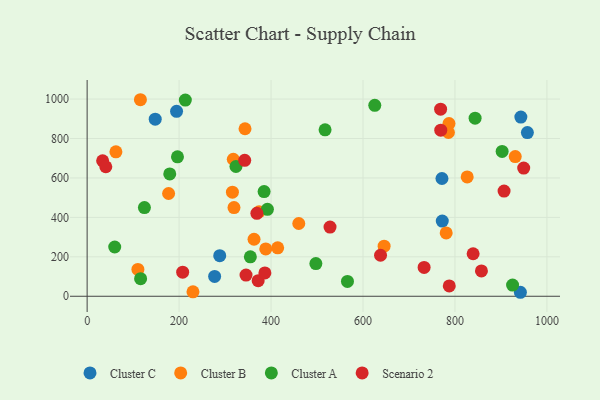
{"axis": {"x": "Study Hours", "y": "Profit"}, "legend": ["Cluster A", "Cluster B", "Cluster C", "Scenario 2"], "data": [{"x": "277.3", "y": 100.7, "type": "Cluster C"}, {"x": "771.7", "y": 597.1, "type": "Cluster C"}, {"x": "943.3", "y": 908.6, "type": "Cluster C"}, {"x": "288.4", "y": 205.8, "type": "Cluster C"}, {"x": "957.5", "y": 829.9, "type": "Cluster C"}, {"x": "148.1", "y": 897.9, "type": "Cluster C"}, {"x": "942.3", "y": 20.2, "type": "Cluster C"}, {"x": "772.4", "y": 381.1, "type": "Cluster C"}, {"x": "194.5", "y": 938.0, "type": "Cluster C"}, {"x": "317.9", "y": 694.9, "type": "Cluster B"}, {"x": "931.1", "y": 708.3, "type": "Cluster B"}, {"x": "826.6", "y": 605.2, "type": "Cluster B"}, {"x": "316.0", "y": 527.9, "type": "Cluster B"}, {"x": "388.5", "y": 239.9, "type": "Cluster B"}, {"x": "645.9", "y": 253.8, "type": "Cluster B"}, {"x": "374.0", "y": 428.5, "type": "Cluster B"}, {"x": "319.4", "y": 449.8, "type": "Cluster B"}, {"x": "460.3", "y": 368.9, "type": "Cluster B"}, {"x": "363.0", "y": 289.1, "type": "Cluster B"}, {"x": "110.4", "y": 136.1, "type": "Cluster B"}, {"x": "343.4", "y": 849.5, "type": "Cluster B"}, {"x": "177.2", "y": 521.1, "type": "Cluster B"}, {"x": "414.4", "y": 245.6, "type": "Cluster B"}, {"x": "785.8", "y": 830.5, "type": "Cluster B"}, {"x": "787.0", "y": 875.6, "type": "Cluster B"}, {"x": "115.9", "y": 996.7, "type": "Cluster B"}, {"x": "230.2", "y": 22.5, "type": "Cluster B"}, {"x": "62.6", "y": 732.6, "type": "Cluster B"}, {"x": "780.9", "y": 321.1, "type": "Cluster B"}, {"x": "497.5", "y": 166.0, "type": "Cluster A"}, {"x": "925.3", "y": 56.7, "type": "Cluster A"}, {"x": "323.7", "y": 658.0, "type": "Cluster A"}, {"x": "355.0", "y": 200.1, "type": "Cluster A"}, {"x": "179.7", "y": 620.3, "type": "Cluster A"}, {"x": "566.2", "y": 75.3, "type": "Cluster A"}, {"x": "517.5", "y": 844.2, "type": "Cluster A"}, {"x": "843.8", "y": 903.2, "type": "Cluster A"}, {"x": "124.6", "y": 450.0, "type": "Cluster A"}, {"x": "384.9", "y": 531.0, "type": "Cluster A"}, {"x": "116.3", "y": 89.4, "type": "Cluster A"}, {"x": "392.1", "y": 441.0, "type": "Cluster A"}, {"x": "60.0", "y": 249.8, "type": "Cluster A"}, {"x": "196.5", "y": 706.9, "type": "Cluster A"}, {"x": "902.6", "y": 734.3, "type": "Cluster A"}, {"x": "625.6", "y": 968.4, "type": "Cluster A"}, {"x": "213.6", "y": 995.1, "type": "Cluster A"}, {"x": "768.8", "y": 948.9, "type": "Scenario 2"}, {"x": "787.6", "y": 52.3, "type": "Scenario 2"}, {"x": "949.5", "y": 650.2, "type": "Scenario 2"}, {"x": "857.6", "y": 128.5, "type": "Scenario 2"}, {"x": "345.6", "y": 107.4, "type": "Scenario 2"}, {"x": "342.7", "y": 689.3, "type": "Scenario 2"}, {"x": "369.2", "y": 420.8, "type": "Scenario 2"}, {"x": "839.5", "y": 215.5, "type": "Scenario 2"}, {"x": "372.0", "y": 79.0, "type": "Scenario 2"}, {"x": "386.6", "y": 118.2, "type": "Scenario 2"}, {"x": "207.8", "y": 122.0, "type": "Scenario 2"}, {"x": "732.9", "y": 146.1, "type": "Scenario 2"}, {"x": "906.8", "y": 533.3, "type": "Scenario 2"}, {"x": "33.7", "y": 687.1, "type": "Scenario 2"}, {"x": "769.1", "y": 842.2, "type": "Scenario 2"}, {"x": "638.1", "y": 207.9, "type": "Scenario 2"}, {"x": "40.6", "y": 656.8, "type": "Scenario 2"}, {"x": "528.3", "y": 351.0, "type": "Scenario 2"}]}